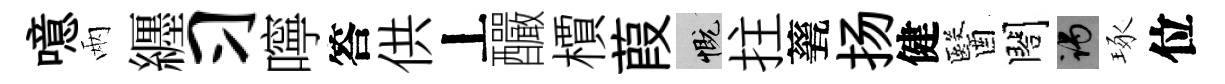
噫兩纒习嚀答供丄釅檟葭慨拄甆扬健醫閤谒琢位